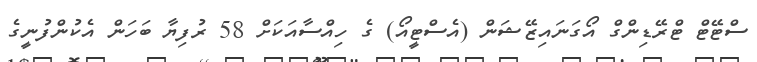
ސްޓޭޓް ޓްރޭޑިންގް އޯގަނައިޒޭޝަން (އެސްޓީއޯ) ގެ ހިއްސާއަކަށް 58 ރުފިޔާ ބަހަން އެކުންފުނީގެ